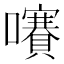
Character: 㘔